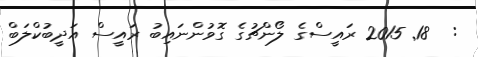
:  18